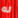
له